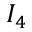
I _ { 4 }